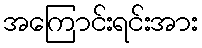
အကြောင်းရင်းအား